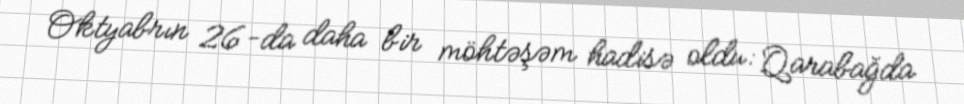
Oktyabrın 26-da daha bir möhtəşəm hadisə oldu: Qarabağda